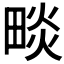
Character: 𤲩